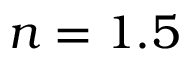
n = 1 . 5